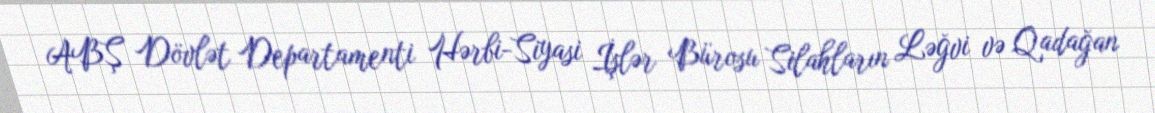
ABŞ Dövlət Departamenti Hərbi-Siyasi İşlər Bürosu Silahların Ləğvi və Qadağan